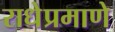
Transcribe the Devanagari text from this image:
राधेप्रमाणे